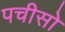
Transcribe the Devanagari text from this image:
पचीसो